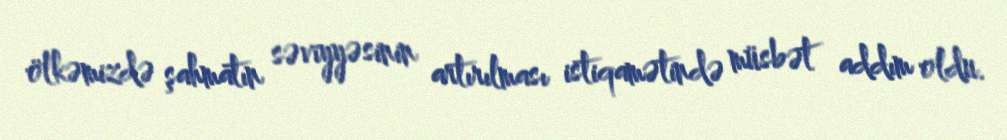
ölkəmizdə şahmatın səviyyəsinin artırılması istiqamətində müsbət addım oldu.